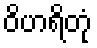
ဝိဟရိတုံ